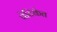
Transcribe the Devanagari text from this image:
पेटिकेत